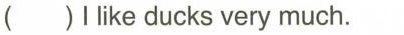
( )llike ducks very much.